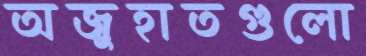
অজুহাতগুলো